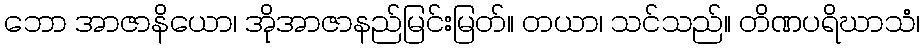
ဘော အာဇာနိယော၊ အိုအာဇာနည်မြင်းမြတ်။ တယာ၊ သင်သည်။ တိဏပရိဃာသံ၊